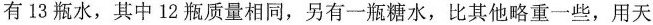
有13瓶水，其中12瓶质量相同，另有一瓶糖水，比其他略重一些，用天